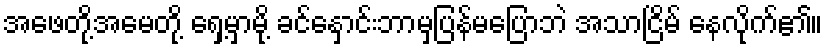
အဖေတို့အမေတို့ ရှေ့မှာမို့ ခင်နှောင်းဘာမှပြန်မပြောဘဲ အသာငြိမ် နေလိုက်၏။